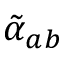
\tilde { \alpha } _ { a b }